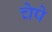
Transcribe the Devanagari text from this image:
चेपे